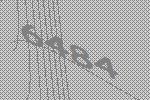
6484